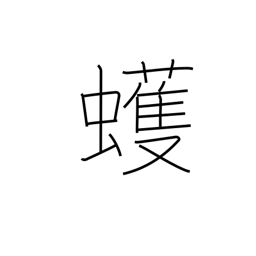
Meaning: geometer